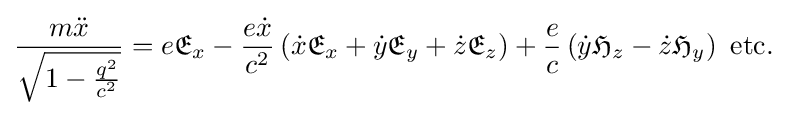
{\frac {m{\ddot {x}}}{\sqrt {1-{\frac {q^{2}}{c^{2}}}}}}=e{\mathfrak {E}}_{x}-{\frac {e{\dot {x}}}{c^{2}}}\left({\dot {x}}{\mathfrak {E}}_{x}+{\dot {y}}{\mathfrak {E}}_{y}+{\dot {z}}{\mathfrak {E}}_{z}\right)+{\frac {e}{c}}\left({\dot {y}}{\mathfrak {H}}_{z}-{\dot {z}}{\mathfrak {H}}_{y}\right)\ {\text{etc.}}